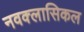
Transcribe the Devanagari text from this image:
नवक्लासिकल